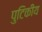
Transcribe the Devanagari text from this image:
पुटिकीय